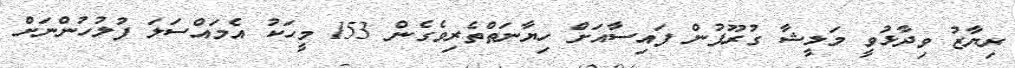
ރިޔާޒު ވިދާޅުވީ މަލީޝާ ގުރޫޕުން ފައިސާއަށް ހިޔާނަތްތެރިވެގެން 153 މީހަކު އެމައްސަލަ ފުލުހުންނަށް